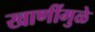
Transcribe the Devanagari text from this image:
खाणींमुळे